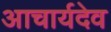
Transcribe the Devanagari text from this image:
आचार्यदेव